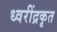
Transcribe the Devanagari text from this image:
ध्वरींद्रकृत